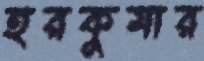
হরকুমার